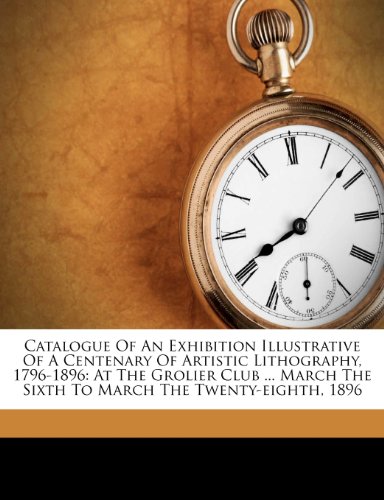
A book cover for Catalogue Of An Exhibition Illustrative Of A Centenary Of Artistic Lithography, 1796-1896: At The Grolier Club ... March The Sixth To March The Twenty-eighth, 1896; Louis Prang; Arts & Photography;